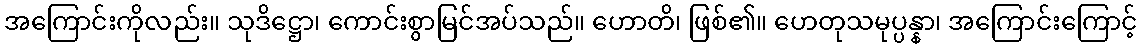
အကြောင်းကိုလည်း။ သုဒိဋ္ဌော၊ ကောင်းစွာမြင်အပ်သည်။ ဟောတိ၊ ဖြစ်၏။ ဟေတုသမုပ္ပန္နာ၊ အကြောင်းကြောင့်